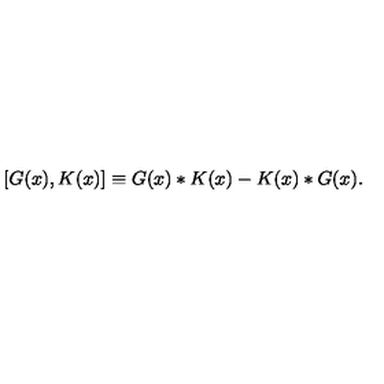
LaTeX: [ G ( x ) , K ( x ) ] \equiv G ( x ) * K ( x ) - K ( x ) * G ( x ) .